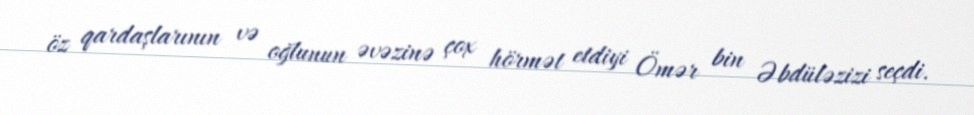
öz qardaşlarının və oğlunun əvəzinə çox hörmət etdiyi Ömər bin Əbdüləzizi seçdi.